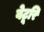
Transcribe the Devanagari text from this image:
वेटूरि